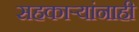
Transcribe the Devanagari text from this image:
सहकार्‍यांनाही